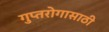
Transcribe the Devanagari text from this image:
गुप्तरोगासाठी